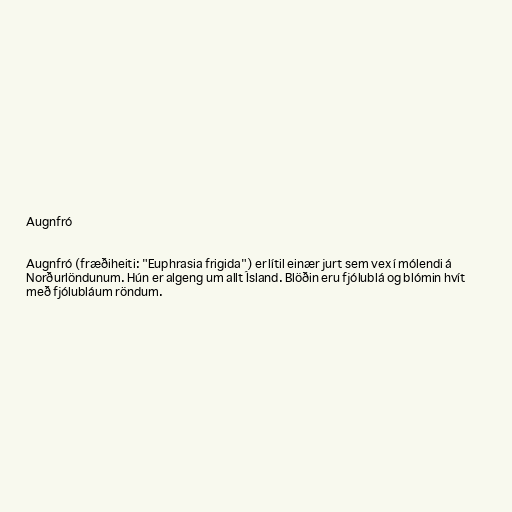
Augnfró

Augnfró (fræðiheiti: "Euphrasia frigida") er lítil einær jurt sem vex í mólendi á
Norðurlöndunum. Hún er algeng um allt Ísland. Blöðin eru fjólublá og blómin hvít
með fjólubláum röndum.